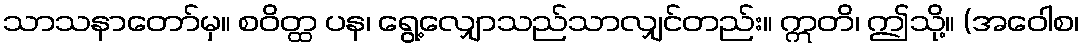
သာသနာတော်မှ။ စဝိတ္ထ ပန၊ ရွေ့လျှောသည်သာလျှင်တည်း။ ဣတိ၊ ဤသို့။ (အဝေါစ၊